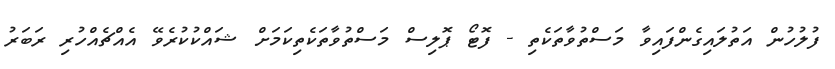
ފުލުހުން އަތުލައިގެންފައިވާ މަސްތުވާތަކެތި - ފޮޓޯ ޕޮލިސް މަސްތުވާތަކެތިކަމަށް ޝައްކުކުރެވޭ އެއްޗެއްހުރި ރަބަރު